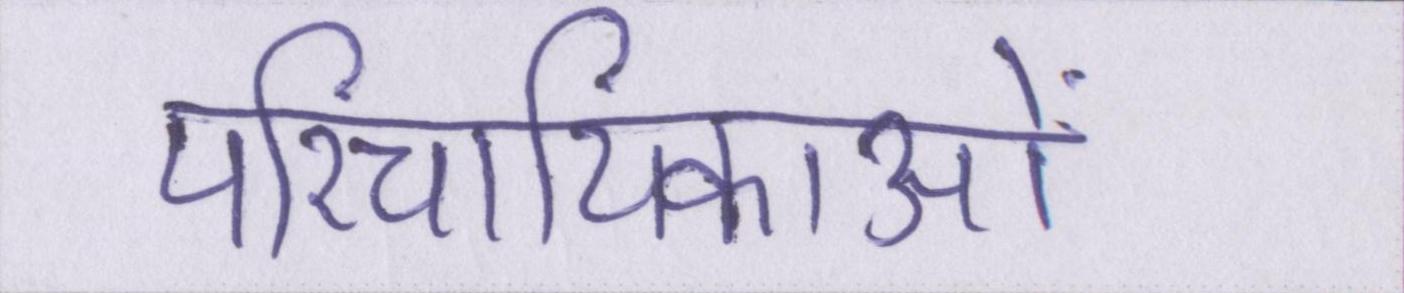
परिचायिकाओं